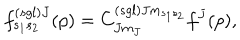
LaTeX: f _ { s _ { 1 } s _ { 2 } } ^ { \left( s g l \right) J } ( p ) = C _ { J m _ { J } } ^ { \left( s g l \right) J m _ { s _ { 1 } s _ { 2 } } } f ^ { J } ( p ) ,